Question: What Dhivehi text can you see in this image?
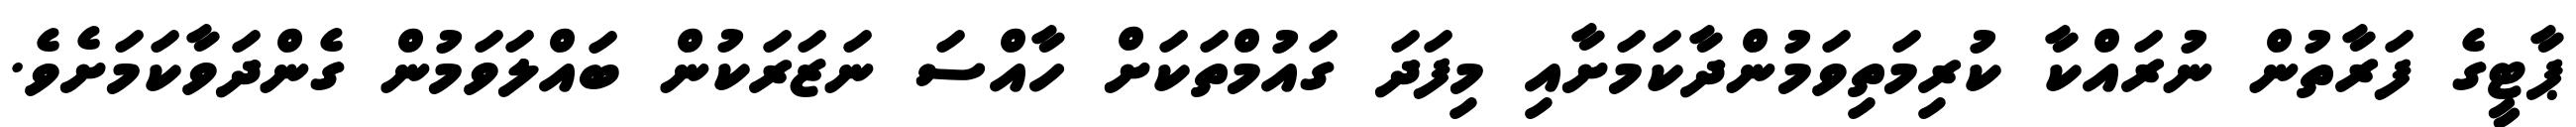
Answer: ޕާޓީގެ ފަރާތުން ނުރައްކާ ކުރިމަތިވަމުންދާކަމަށާއި މިފަދަ ގައުމްތަކަށް ހާއްސަ ނަޒަރަކުން ބައްލަވަމުން ގެންދަވާކަމަށެވެ.